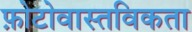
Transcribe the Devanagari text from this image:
फ़ोटोवास्तविकता